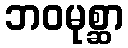
ဘဝမုစ္ဆာ